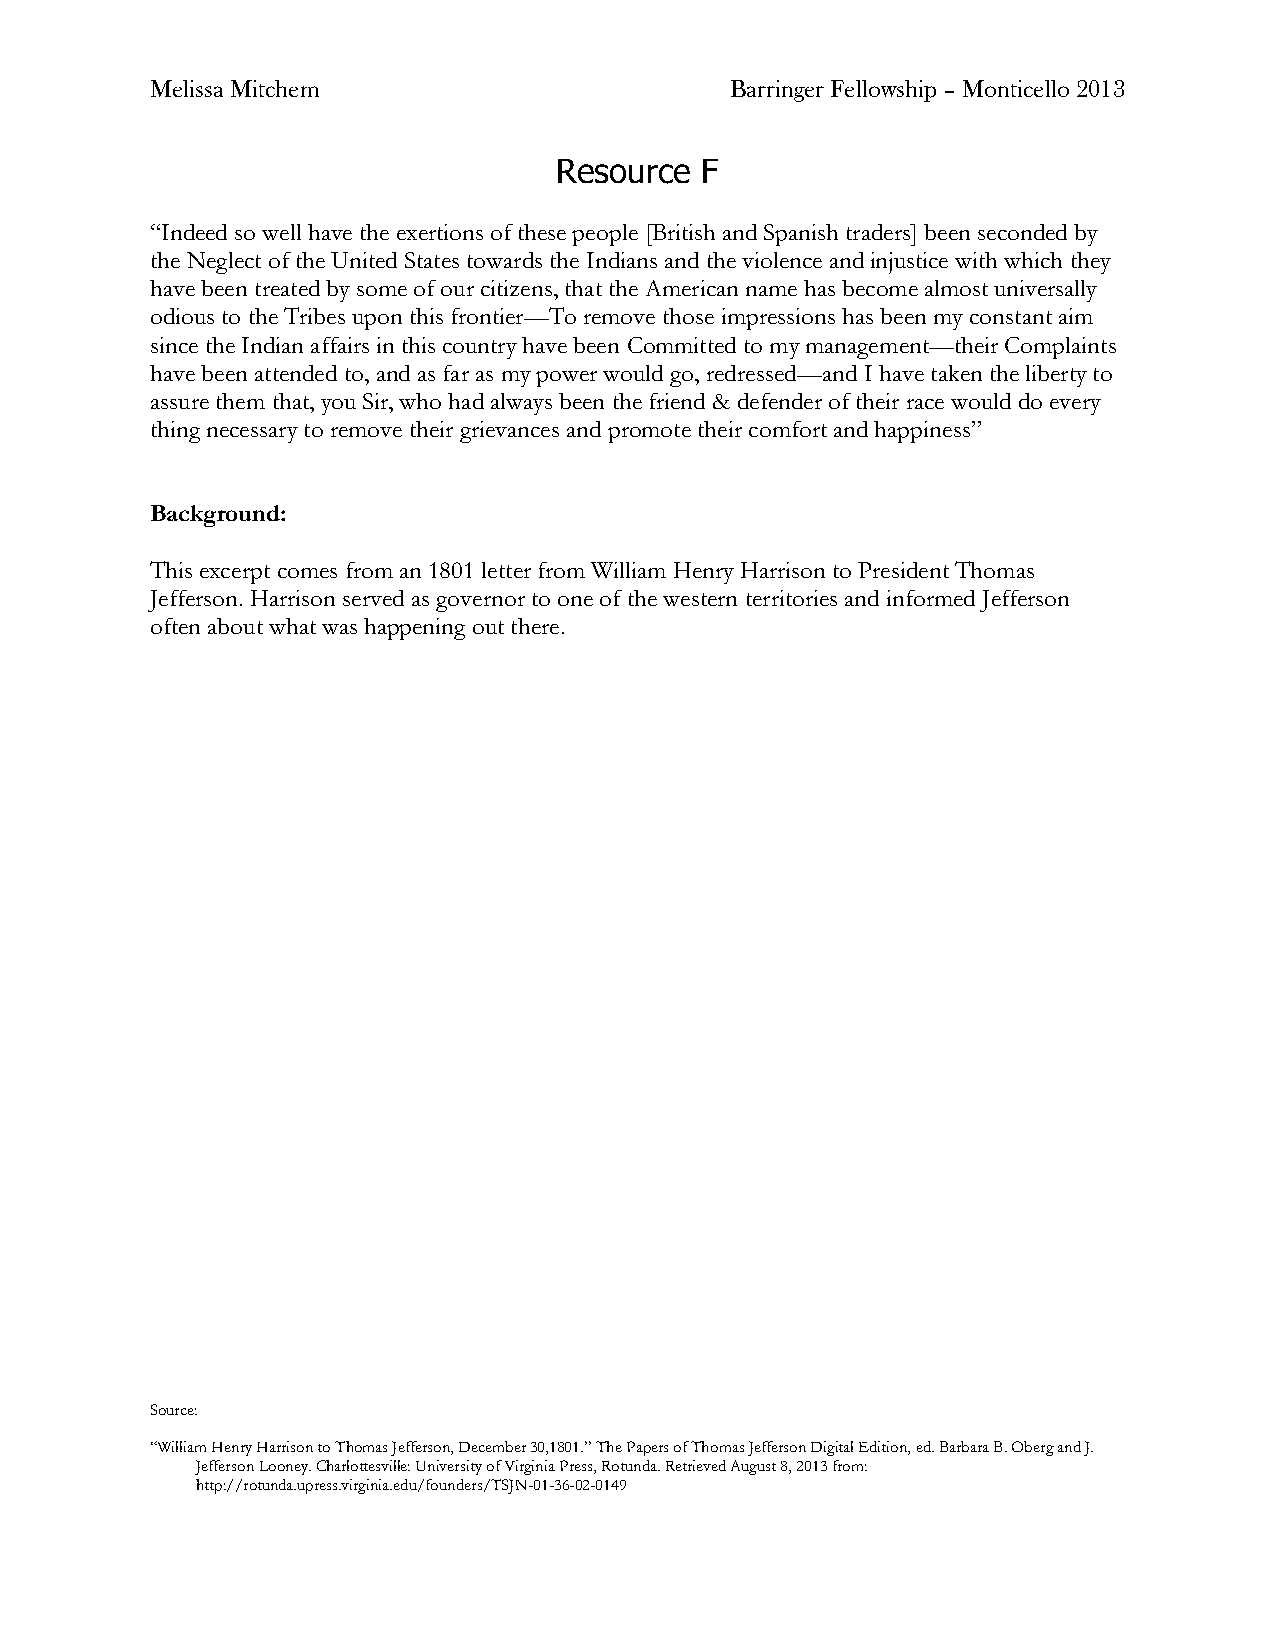
Melissa Mitchem                       Barringer Fellowship – Monticello 2013
 Resource F
 “Indeed so well have the exertions of these people [British and Spanish traders] been seconded by
 the Neglect of the United States towards the Indians and the violence and injustice with which they
 have been treated by some of our citizens, that the American name has become almost universally
 odious to the Tribes upon this frontier—To remove those impressions has been my constant aim
 since the Indian affairs in this country have been Committed to my management—their Complaints
 have been attended to, and as far as my power would go, redressed—and I have taken the liberty to
 assure them that, you Sir, who had always been the friend & defender of their race would do every
 thing necessary to remove their grievances and promote their comfort and happiness”
 Background:
 This excerpt comes from an 1801 letter from William Henry Harrison to President Thomas
 Jefferson. Harrison served as governor to one of the western territories and informed Jefferson
 often about what was happening out there.
 Source:
 “William Henry Harrison to Thomas Jefferson, December 30,1801.” The Papers of Thomas Jefferson Digital Edition, ed. Barbara B. Oberg and J.
 Jefferson Looney. Charlottesville: University of Virginia Press, Rotunda. Retrieved August 8, 2013 from:
 http://rotunda.upress.virginia.edu/founders/TSJN-01-36-02-0149